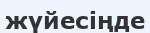
жүйесіңде